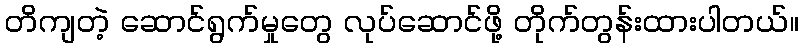
တိကျတဲ့ ဆောင်ရွက်မှုတွေ လုပ်ဆောင်ဖို့ တိုက်တွန်းထားပါတယ်။